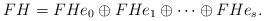
LaTeX: \begin{align*} FH=FHe_0\oplus FHe_1\oplus\cdots\oplus FH e_s. \end{align*}